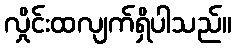
လှိုင်းထလျက်ရှိပါသည်။